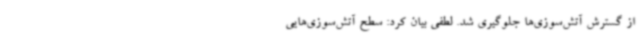
از گسترش آتش‌سوزی‌ها جلوگیری شد. لطفی بیان کرد: سطح آتش‌سوزی‌هایی